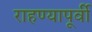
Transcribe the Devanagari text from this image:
राहण्यापूर्वी